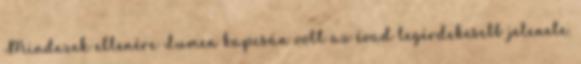
Mindezek ellenére Lumen kapcsán volt az évad legérdekesebb jelenete.